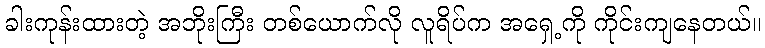
ခါးကုန်းထားတဲ့ အဘိုးကြီး တစ်ယောက်လို လူရိပ်က အရှေ့ကို ကိုင်းကျနေတယ်။